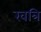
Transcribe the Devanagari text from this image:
खत्रि